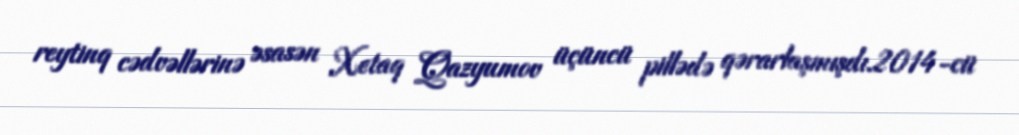
reytinq cədvəllərinə əsasən Xetaq Qazyumov üçüncü pillədə qərarlaşmışdı.2014-cü